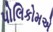
પોલિકોમએ